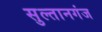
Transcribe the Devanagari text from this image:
सुल्‍तानगंज